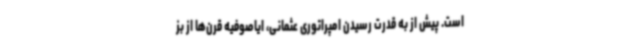
است. پیش از به قدرت رسیدن امپراتوری عثمانی، ایاصوفیه قرن‌ها از بز